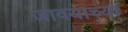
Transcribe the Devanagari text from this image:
जावयाच्या